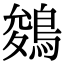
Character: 鵕